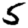
Digit: 5